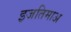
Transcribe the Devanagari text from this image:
इजतिमाअ